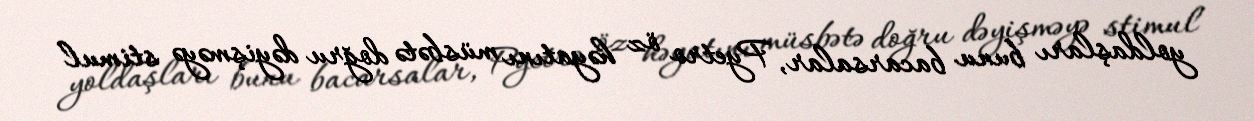
yoldaşları bunu bacarsalar, Pyetro öz həyatını müsbətə doğru dəyişməyə stimul